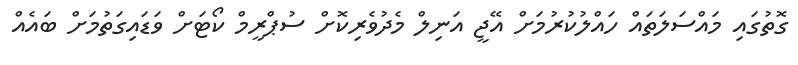
ގޮތުގައި މައްސަލަތައް ހައްލުކުރުމަށް އޭޖީ އަނިލް މެދުވެރިކޮށް ސުޕްރީމް ކޯޓަށް ވަޑައިގަތުމަށް ބައެއް